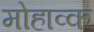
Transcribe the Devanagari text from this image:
मोहाव्क